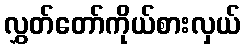
လွှတ်တော်ကိုယ်စားလှယ်